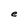
Character: e